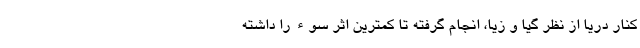
کنار دریا از نظر گیا و زیا، انجام گرفته تا کمترین اثر سوء را داشته